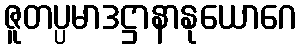
ဇူတပ္ပမာဒဋ္ဌာနာနုယောဂေ